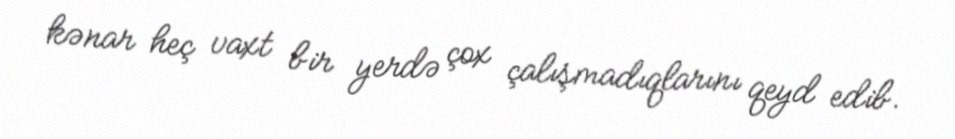
kənar heç vaxt bir yerdə çox çalışmadıqlarını qeyd edib.